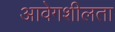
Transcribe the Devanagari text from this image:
आवेगशीलता